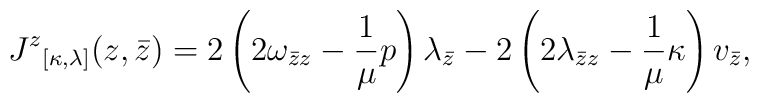
{J^z}_{[\kappa, \lambda]}(z, \bar{z}) = 2 \left( 2\omega_{\bar{z} z}- \frac{1}{\mu}p \right) \lambda_{\bar{z}} - 2 \left( 2\lambda_{\bar{z}z}- \frac{1}{\mu} \kappa \right) v_{\bar{z}},